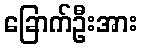
ခြောက်ဦးအား